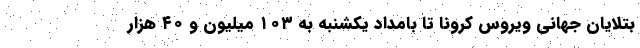
بتلایان جهانی ویروس کرونا تا بامداد یکشنبه به ۱۰۳ میلیون و ۴۰ هزار